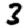
Digit: 3